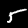
Label: 5